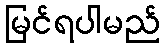
မြင်ရပါမည်